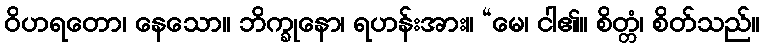
ဝိဟရတော၊ နေသော။ ဘိက္ခုနော၊ ရဟန်းအား။ “မေ၊ ငါ၏။ စိတ္တံ၊ စိတ်သည်။